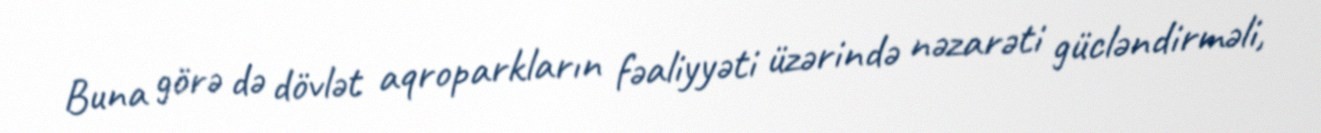
Buna görə də dövlət aqroparkların fəaliyyəti üzərində nəzarəti gücləndirməli,